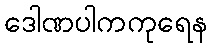
ဒေါဏပါကကုရေန